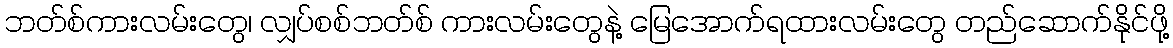
ဘတ်စ်ကားလမ်းတွေ၊ လျှပ်စစ်ဘတ်စ် ကားလမ်းတွေနဲ့ မြေအောက်ရထားလမ်းတွေ တည်ဆောက်နိုင်ဖို့